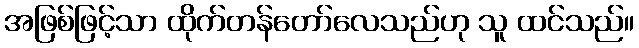
အဖြစ်ဖြင့်သာ ထိုက်တန်တော်လေသည်ဟု သူ ထင်သည်။